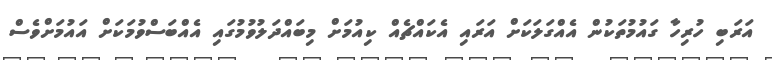
އަރަބި ހުރިހާ ގައުމުތަކުން އެއްގަލަކަށް އަރައި އެކައްޗެއް ކިއުމަށް މިބައްދަލުވުމުގައި އެއްބަސްވުމަކަށް އައުމަށްވެސް